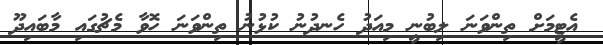
އެޓީމަށް ތިންވަނަ ލިބުނީ މިއަދު ހެނދުނު ކުޅުނު ތިންވަނަ ހޮވާ މެޗުގައި މާބައިދޫ